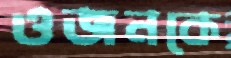
ওজনকে